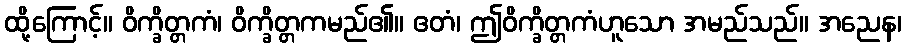
ထို့ကြောင့်။ ဝိက္ခိတ္တကံ၊ ဝိက္ခိတ္တကမည်၏။ ဧတံ၊ ဤဝိက္ခိတ္တကံဟူသော အမည်သည်။ အညေန၊